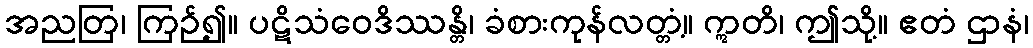
အညတြ၊ ကြဉ်၍။ ပဋိသံဝေဒိဿန္တိ၊ ခံစားကုန်လတ္တံ့။ ဣတိ၊ ဤသို့။ ဧတံ ဌာနံ၊